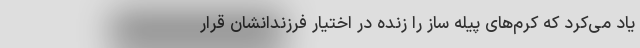
یاد می‌کرد که کرم‌های پیله ساز را زنده در اختیار فرزندانشان قرار